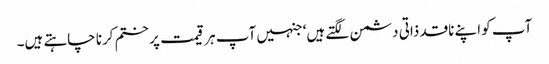
آپ کو اپنے ناقد ذاتی دشمن لگتے ہیں‘ جنہیں آپ ہر قیمت پر ختم کرنا چاہتے ہیں۔